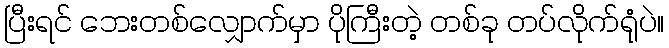
ပြီးရင် ဘေးတစ်လျှောက်မှာ ပိုကြီးတဲ့ တစ်ခု တပ်လိုက်ရုံပဲ။